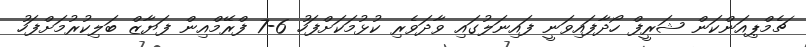
ޗެމްޕިއަންކަން ޝަރީފް ހޯދާފައިވަނީ ފައިނަލުގައި ވާދަވެރި ކުޅުމަކަށްފަހު 6-7 ފްރޭމްއިން ފަޔާޒް ބަލިކުރުމަށްފަހު